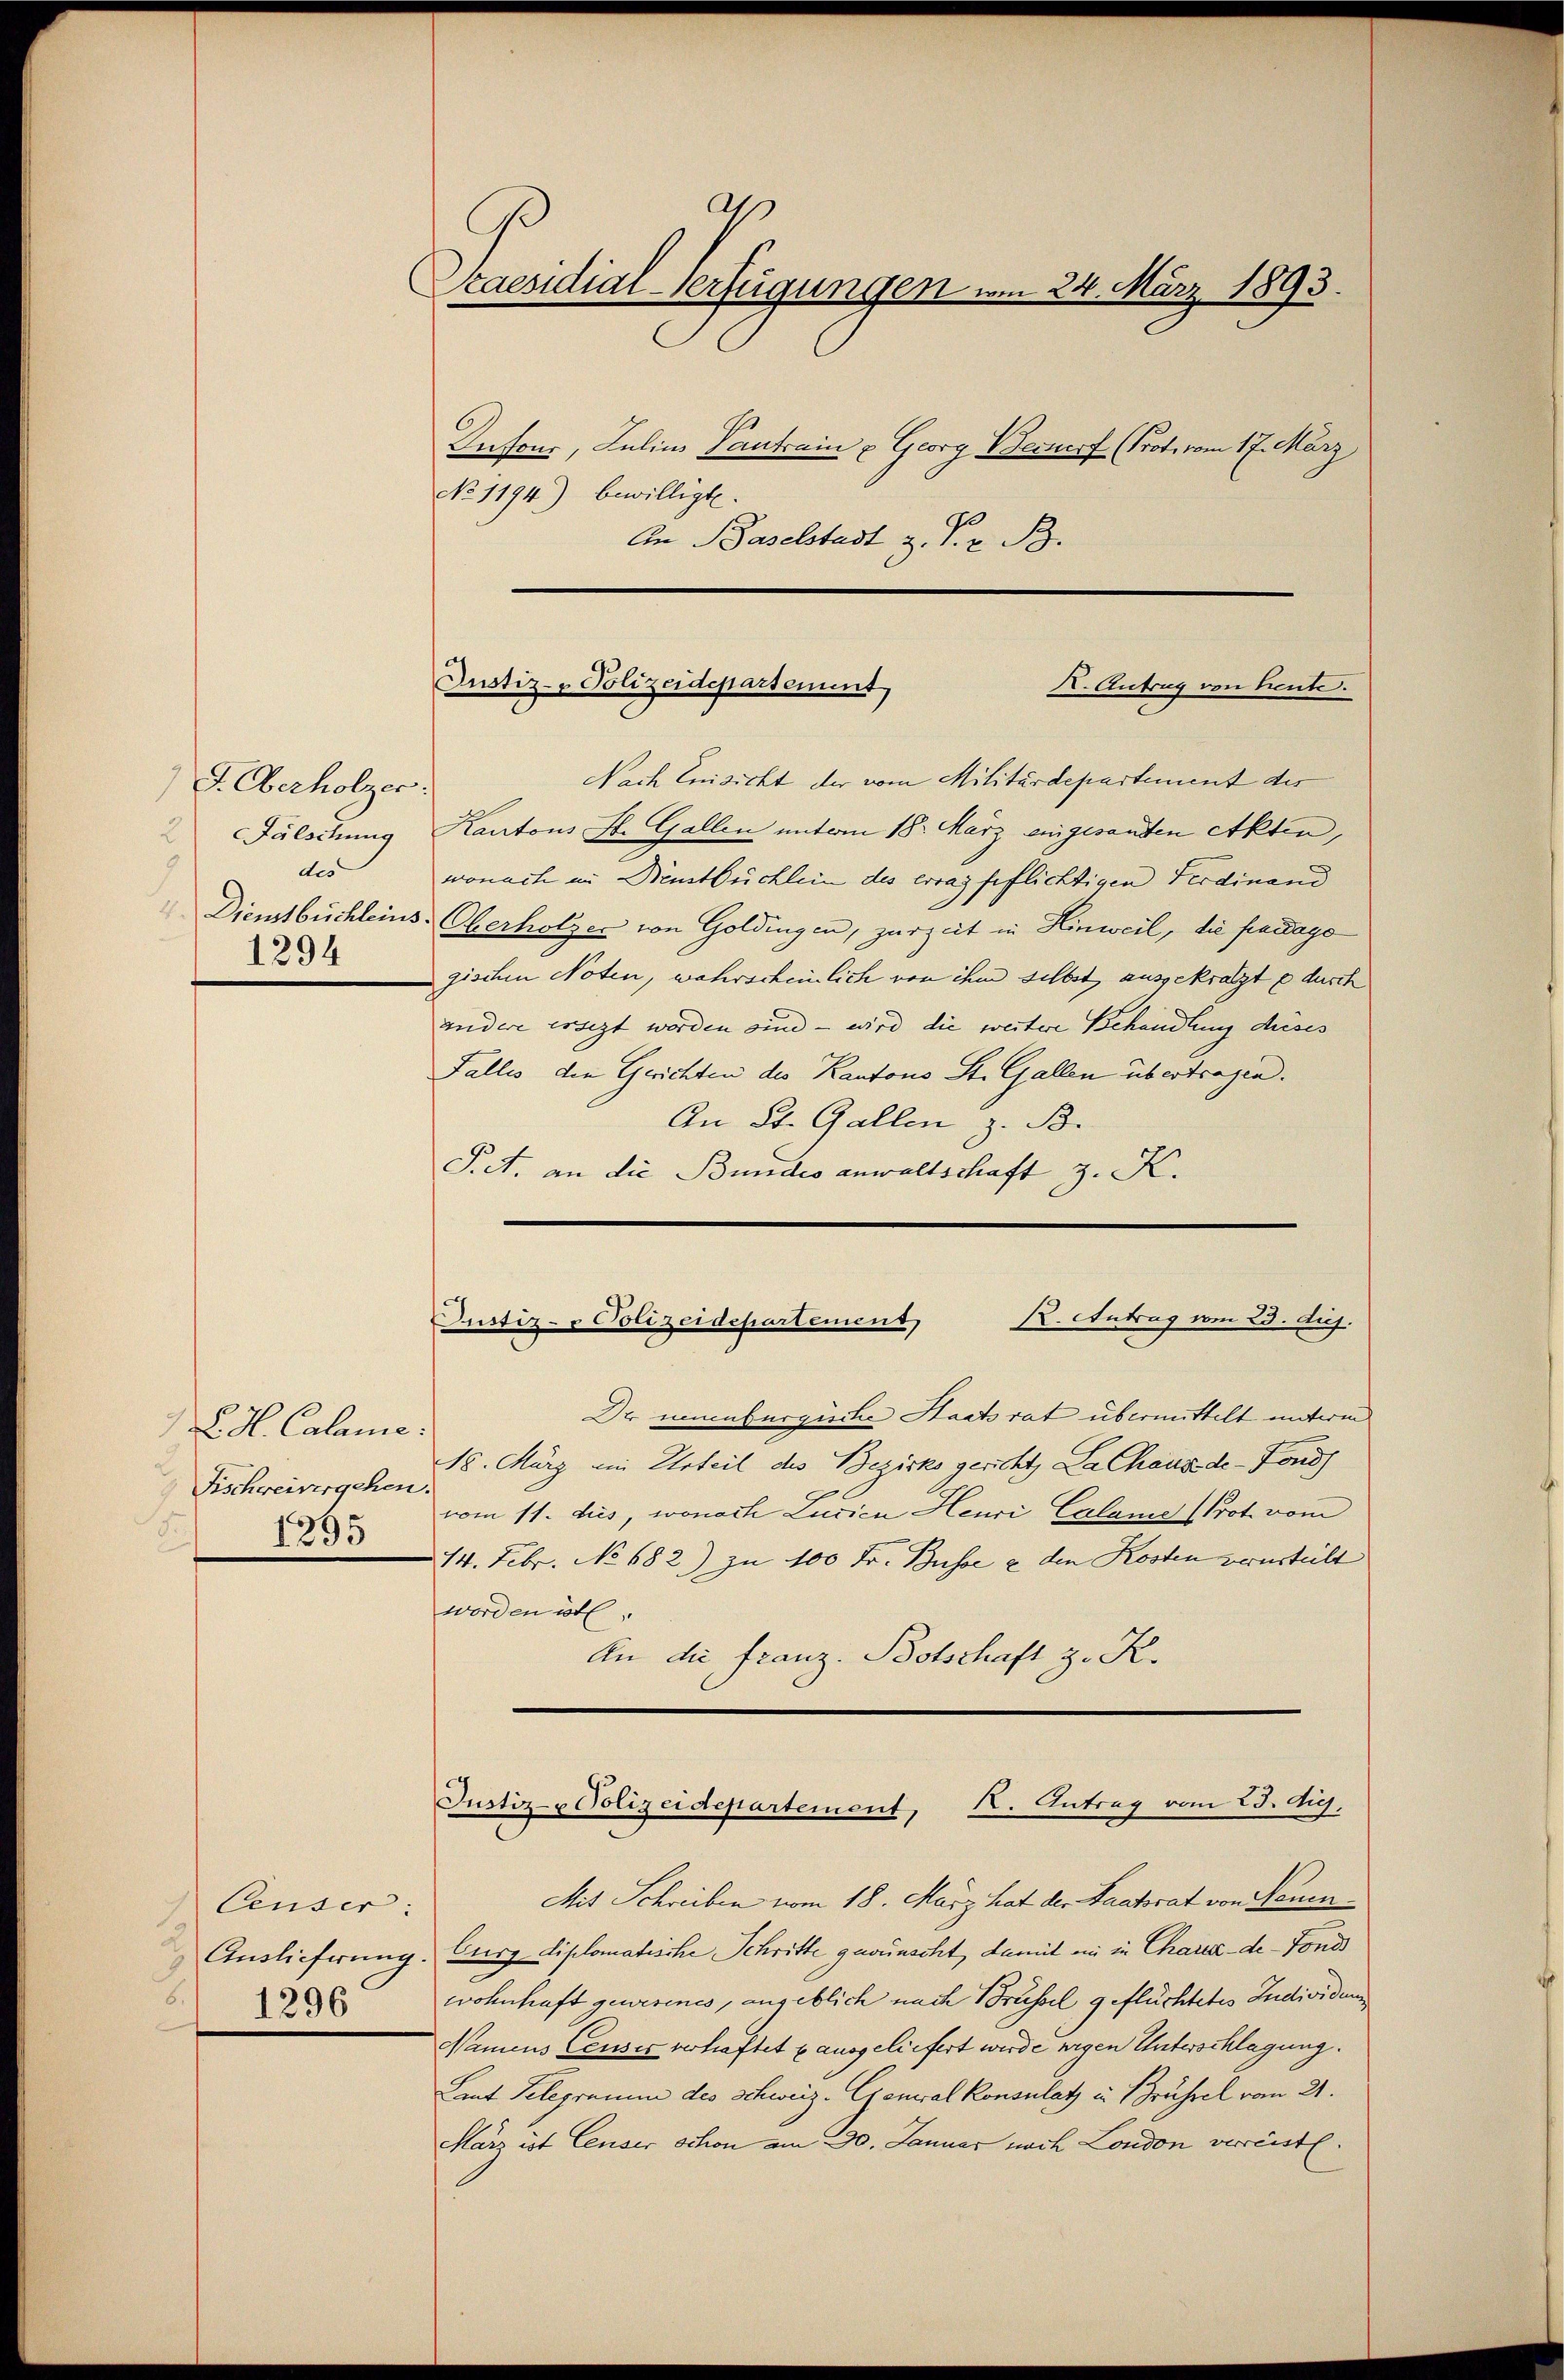
F. Oberholzer:
2 Fälschung
des
1294

L. H. Calame.
Fischreivergehen.
.
1295

Ceuser:
2
.
1296

a
Praesidial-Verfügungen am 24. März 1893.
Intour, Julius Pantrain u Georg Bernorf (Prot. vom 17. März
No 1194) bewilligt.
An Baselstadt z. S. z. B.

Justiz- & Polizeidepartement
X. Antrag von heute.

Nach Einsicht der vom Militärdepartement des
Kantons St. Gallen unterm 18. März eingesandten Akten,
wonach im Neustbüchlein des erras geflichtigen Ferdinand
Dienstbüchleins Oberholzer von Goldingen, zurzeit in Hinweil, die fandage
gischen Noten, wahrscheinlich von ihm selbst ausgekratzt durch
andere ersezt worden sind — wird die weitere Behandlung dieses
Fallis, den Gerichten des Kantons St. Gallen übertragen.
An St. Gallen z. B.
Pct. an die Bundes anwaltschaft z. K.

Justiz- & Polizeidepartement K. Antrag vom 23. huj.

Dr neuenburgische Staatsrat übermittelt unterm
18. März ein Urteil des Bezirksgericht, La Chaus de-Fond
vom 11. dus, wonach Lucian Heuri, Calame (Prot vom
14. Febr. No 682.) zu 100 Fr. Busse & den Kosten verurteilt
worden ötl.
An die franz. Botschaft z. R.

Justiz-Polizeidepartement, K. Antrag vom 23. di

Mit Schreiben vom 18. März hat der Saatsrat von Neuen¬
Auslieferung. Curg diplomatische Schritte gewünscht, damit ein in Chartez-de-Fond
wohnhaft gewesenes, angeblich nach Brüssel geflüchtetes Individung
Namens Censis verhaftet u ausgeliefert werde eigen Unterschlagung.
Laut Telegramm des Schweiz. General Konsulatz u. Brüssel vom 21.
März ist Ceuser schon am 290. Januar nach London verreistl.